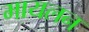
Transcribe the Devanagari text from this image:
मायलन